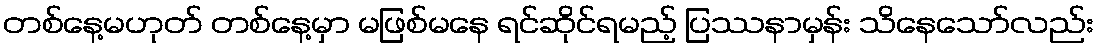
တစ်နေ့မဟုတ် တစ်နေ့မှာ မဖြစ်မနေ ရင်ဆိုင်ရမည့် ပြဿနာမှန်း သိနေသော်လည်း